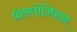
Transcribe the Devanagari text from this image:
प्रीसपोज़िशन